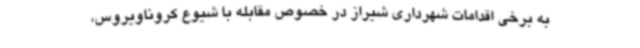
به برخی اقدامات شهرداری شیراز در خصوص مقابله با شیوع کروناویروس،